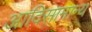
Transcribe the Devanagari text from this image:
आदिसामान्य